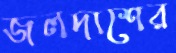
জলদাশের